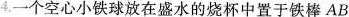
4.一个空心小铁球放在盛水的烧杯中置于铁棒AB